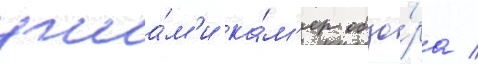
угла́м'и ка́м'ер обзо́ра /